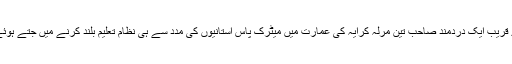
ہمارے قریب ایک دردمند صاحب تین مرلہ کرایہ کی عمارت میں میٹرک پاس استانیوں کی مدد سے ہی نظام تعلیم بلند کرنے میں جتے ہوئے ہیں ۔